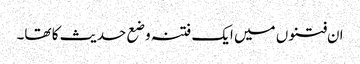
ان فتنوں میں ایک فتنہ وضع حدیث کا تھا۔